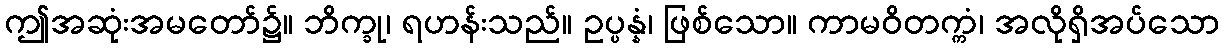
ဤအဆုံးအမတော်၌။ ဘိက္ခု၊ ရဟန်းသည်။ ဥပ္ပန္နံ၊ ဖြစ်သော။ ကာမဝိတက္ကံ၊ အလိုရှိအပ်သော